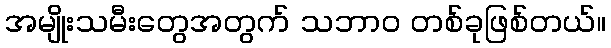
အမျိုးသမီးတွေအတွက် သဘာဝ တစ်ခုဖြစ်တယ်။